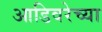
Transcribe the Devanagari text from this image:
आडिवरेच्या